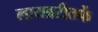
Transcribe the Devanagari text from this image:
लायब्ररीतर्फे